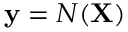
\mathbf { y } = N ( \mathbf { X } )